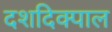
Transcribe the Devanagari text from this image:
दशदिक्पाल